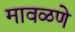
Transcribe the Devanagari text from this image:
मावळणे